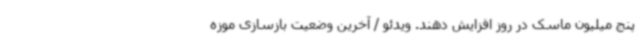
پنج میلیون ماسک در روز افزایش دهند. ویدئو / آخرین وضعیت بازسازی موزه‌